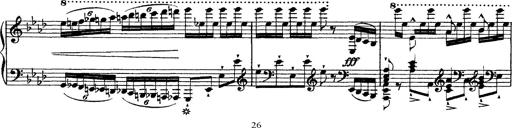
Title: Ã‰tudes d'exÃ©cution transcendante d'aprÃ¨s Paganini
Composer: Franz Liszt